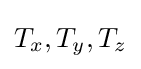
T_{x},T_{y},T_{z}